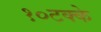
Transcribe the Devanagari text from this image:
१०टक्के